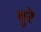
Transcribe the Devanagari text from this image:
वुरे